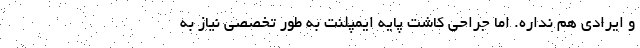
و ایرادی هم نداره. اما جراحی کاشت پایه ایمپلنت به طور تخصصی نیاز به